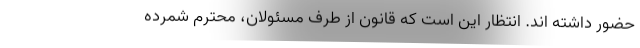
حضور داشته اند. انتظار این است که قانون از طرف مسئولان، محترم شمرده